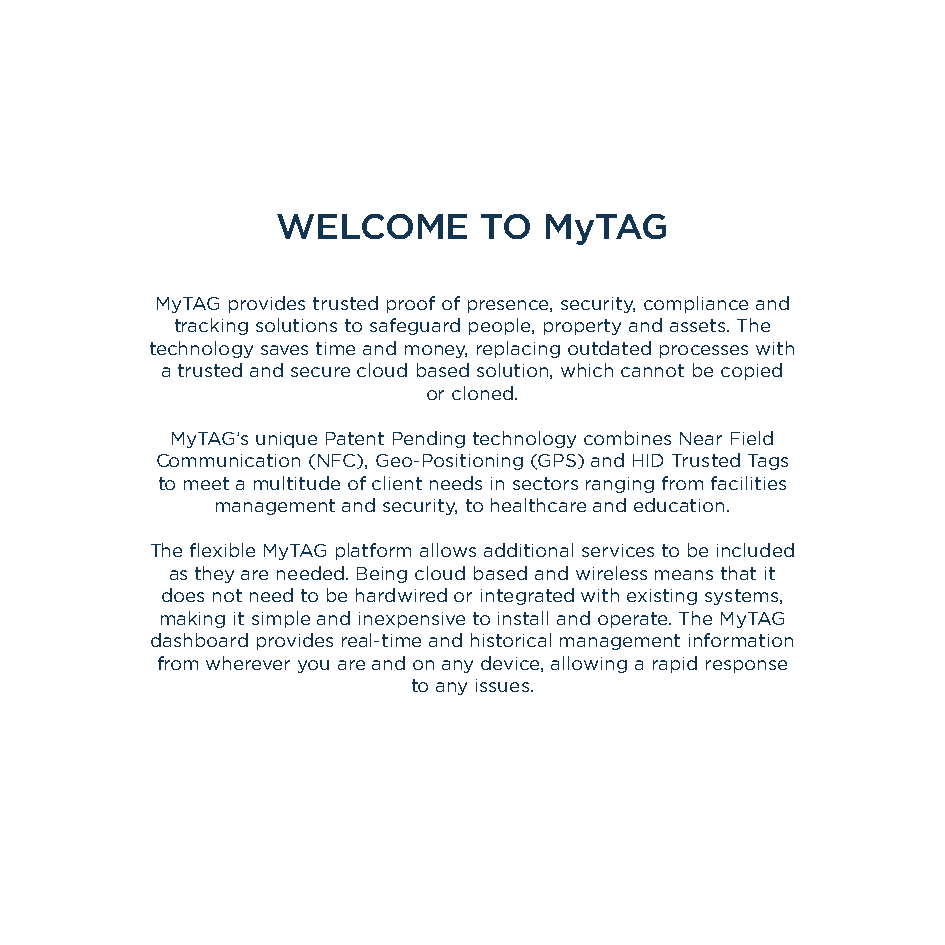
WELCOME       TO  MyTAG
 MyTAG provides trusted proof of presence, security, compliance and
 tracking solutions to safeguard people, property and assets. The
 technology saves time and money, replacing outdated processes with
 a trusted and secure cloud based solution, which cannot be copied
 or cloned.
 MyTAG’s unique Patent Pending technology combines Near Field
 Communication (NFC), Geo-Positioning (GPS) and HID Trusted Tags
 to meet a multitude of client needs in sectors ranging from facilities
 management and security, to healthcare and education.
 The flexible MyTAG platform allows additional services to be included
 as they are needed. Being cloud based and wireless means that it
 does not need to be hardwired or integrated with existing systems,
 making it simple and inexpensive to install and operate. The MyTAG
 dashboard provides real-time and historical management information
 from wherever you are and on any device, allowing a rapid response
 to any issues.